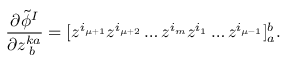
\frac { \partial \tilde { \phi } ^ { I } } { \partial z _ { \; b } ^ { k a } } = [ z ^ { i _ { \mu + 1 } } z ^ { i _ { \mu + 2 } } \ldots z ^ { i _ { m } } z ^ { i _ { 1 } } \ldots z ^ { i _ { \mu - 1 } } ] _ { a } ^ { b } .